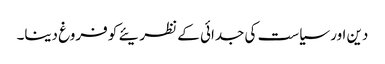
دین اور سیاست کی جدائی کے نظریئے کو فروغ دینا۔